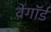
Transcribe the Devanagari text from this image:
वेगॉर्ड